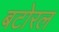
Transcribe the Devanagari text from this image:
बटोरल